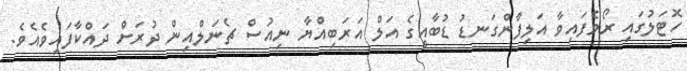
ހޮޓަލުގައި ރޯވެފައިވާ އަލިފާންގަނޑު ޑުބާއީގެ އަލް އަރަބިއްޔާ ނިއުސް ޗެނަލްއިން ދުރަށް ދައްކާފައިވެއެވެ.